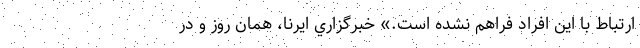
ارتباط با اين افراد فراهم نشده است.» خبرگزاري ايرنا، همان روز و در